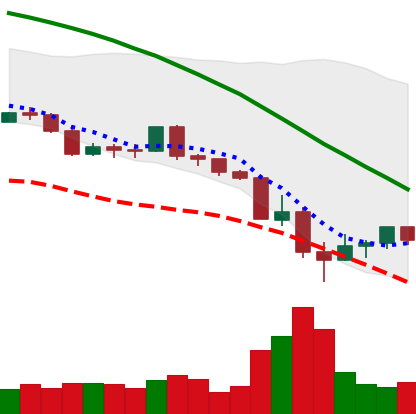
Ticker: LINK-USD
Chart end date: 2022-05-16
Forward return: -4.857%
Label: down_3_5